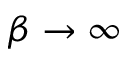
\beta \to \infty